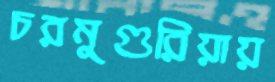
চরমুগুরিয়ায়